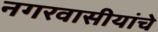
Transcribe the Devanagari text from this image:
नगरवासीयांचे